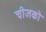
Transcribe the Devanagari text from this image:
चीजको